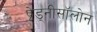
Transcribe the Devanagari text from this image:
प्रेड्नीसॉलोन